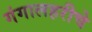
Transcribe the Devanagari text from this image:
गंगालहरीचे